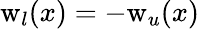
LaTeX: \mathrm{w}_{l}(x)=-\mathrm{w}_{u}(x)